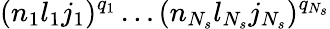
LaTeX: (n_{1}l_{1}j_{1})^{q_{1}}\ldots(n_{N_{s}}l_{N_{s}}j_{N_{s}})^{q_{N_{s}}}